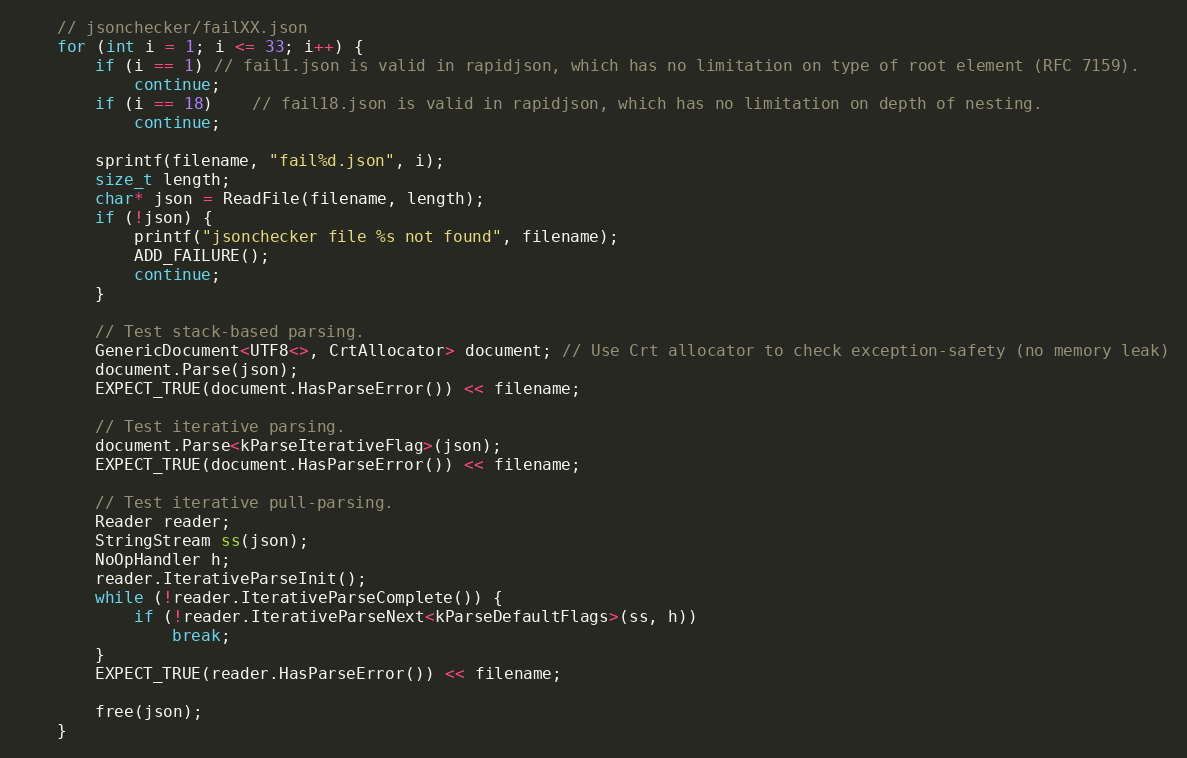
Language: C++
    // jsonchecker/failXX.json
    for (int i = 1; i <= 33; i++) {
        if (i == 1) // fail1.json is valid in rapidjson, which has no limitation on type of root element (RFC 7159).
            continue;
        if (i == 18)    // fail18.json is valid in rapidjson, which has no limitation on depth of nesting.
            continue;

        sprintf(filename, "fail%d.json", i);
        size_t length;
        char* json = ReadFile(filename, length);
        if (!json) {
            printf("jsonchecker file %s not found", filename);
            ADD_FAILURE();
            continue;
        }

        // Test stack-based parsing.
        GenericDocument<UTF8<>, CrtAllocator> document; // Use Crt allocator to check exception-safety (no memory leak)
        document.Parse(json);
        EXPECT_TRUE(document.HasParseError()) << filename;

        // Test iterative parsing.
        document.Parse<kParseIterativeFlag>(json);
        EXPECT_TRUE(document.HasParseError()) << filename;

        // Test iterative pull-parsing.
        Reader reader;
        StringStream ss(json);
        NoOpHandler h;
        reader.IterativeParseInit();
        while (!reader.IterativeParseComplete()) {
            if (!reader.IterativeParseNext<kParseDefaultFlags>(ss, h))
                break;
        }
        EXPECT_TRUE(reader.HasParseError()) << filename;

        free(json);
    }